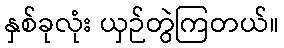
နှစ်ခုလုံး ယှဉ်တွဲကြတယ်။